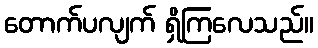
တောက်ပလျက် ရှိကြလေသည်။